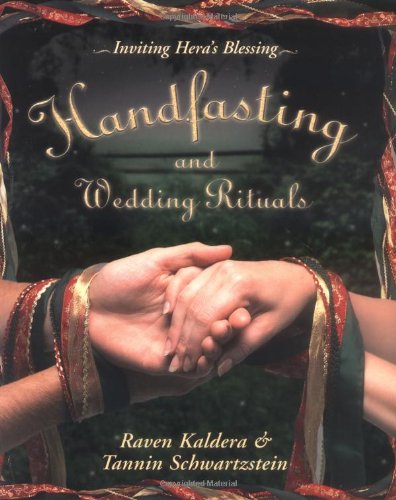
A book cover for Handfasting and Wedding Rituals: Welcoming Hera's Blessing; Raven Kaldera; Crafts, Hobbies & Home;